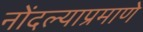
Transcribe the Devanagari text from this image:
नोंदल्याप्रमाणे